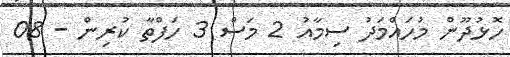
ހޮޅުދޫން މުހައްމަދު ސިމާއު 2 މަސް 3 ހަފްތާ ކުރިން - 08